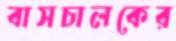
বাসচালকের